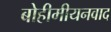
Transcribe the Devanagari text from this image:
बोहीमीयनवाद